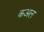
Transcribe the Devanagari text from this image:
कअल